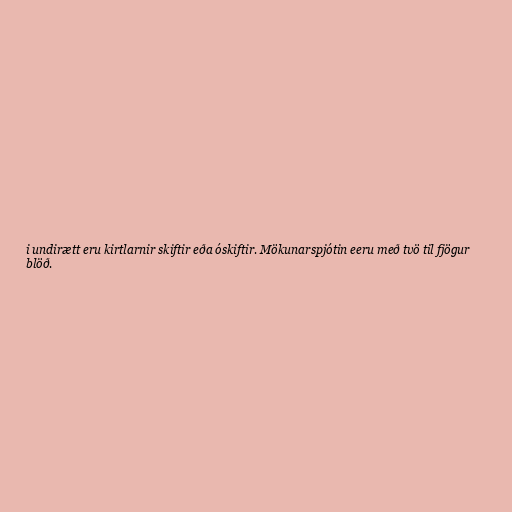
i undirætt eru kirtlarnir skiftir eða óskiftir. Mökunarspjótin eeru með tvö til fjögur
blöð.